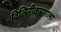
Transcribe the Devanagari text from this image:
विलिनीकरणाला